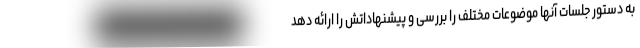
به دستور جلسات آنها موضوعات مختلف را بررسی و پیشنهاداتش را ارائه دهد